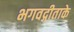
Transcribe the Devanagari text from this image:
भगवद्गीताके